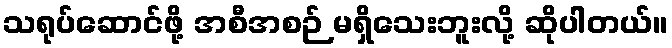
သရုပ်ဆောင်ဖို့ အစီအစဉ် မရှိသေးဘူးလို့ ဆိုပါတယ်။